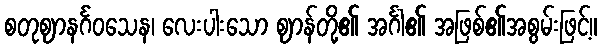
စတုဈာနင်္ဂဝသေန၊ လေးပါးသော ဈာန်တို့၏ အင်္ဂါ၏ အဖြစ်၏အစွမ်းဖြင့်။